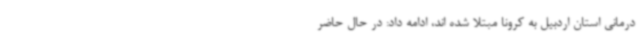
درمانی استان اردبیل به کرونا مبتلا شده اند، ادامه داد: در حال حاضر